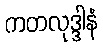
ကတလုဒ္ဒါနံ